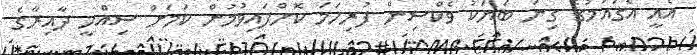
އެއީ އެގައުމުގެ ގިނަ ބަޔަކު ވެކްސިން ފުރިހަމަ ކޮށްފައިވުމުން ކަމަށް ސިއްހީ ދާއިރާގެ